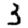
Digit: 3